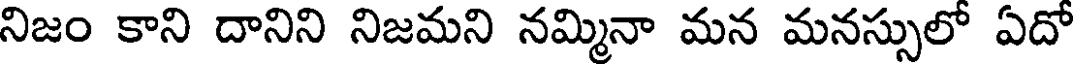
నిజం కాని దానిని నిజమని నమ్మినా మన మనస్సులో ఏదో